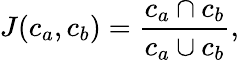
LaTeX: J(c_{a},c_{b})=\frac{c_{a}\cap c_{b}}{c_{a}\cup c_{b}},